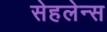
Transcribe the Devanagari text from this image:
सेहलेन्स